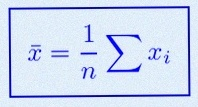
\bar{x}=\frac1n\sum x_i